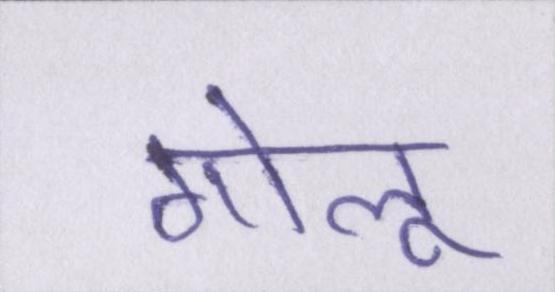
गोलू